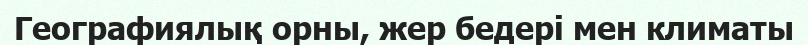
Географиялық орны, жер бедері мен климаты